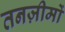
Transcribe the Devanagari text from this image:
तनज़ीमों